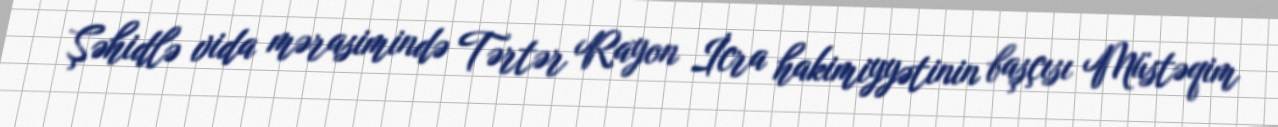
Şəhidlə vida mərasimində Tərtər Rayon İcra hakimiyyətinin başçısı Müstəqim